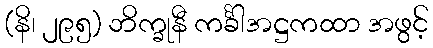
(နိ၊ ၂၉၅) ဘိက္ခုနီ ကင်္ခါအဋ္ဌကထာ အဖွင့်